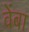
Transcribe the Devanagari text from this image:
वेंबा